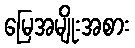
မြေအမျိုးအစား